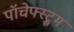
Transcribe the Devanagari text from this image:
पॉचेफ्स्ट्रूम